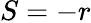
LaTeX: S=-r